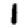
Digit: 1